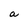
Character: a